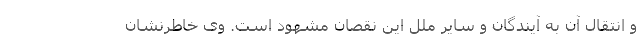
و انتقال آن به آیندگان و سایر ملل این نقصان مشهود است. وی خاطرنشان